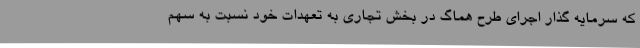
که سرمایه گذار اجرای طرح هماگ در بخش تجاری به تعهدات خود نسبت به سهم